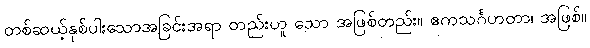
တစ်ဆယ့်နှစ်ပါးသောအခြင်းအရာ တည်းဟူ သော အဖြစ်တည်း။ ဧကသင်္ဂဟတာ၊ အဖြစ်။